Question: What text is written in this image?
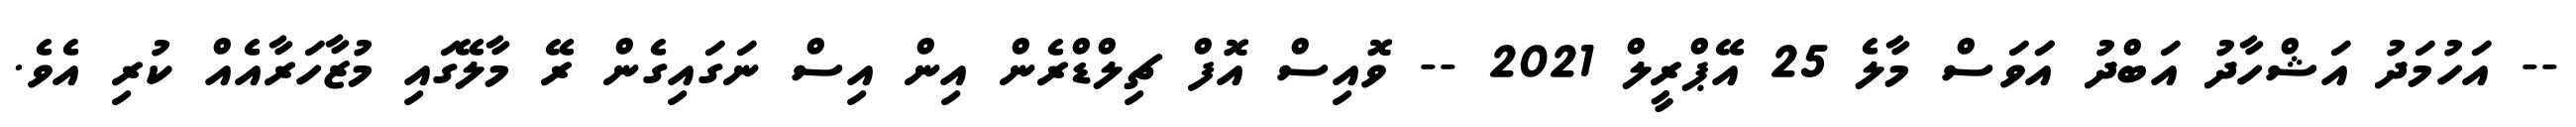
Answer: -- އަހުމަދު އަޝްހާދު އަބްދު އަަވަސް މާލެ 25 އޭޕްރީލް 2021 -- ވޮއިސް އޮފް ޗިލްޑްރެން އިން އިސް ނަގައިގެން ރޭ މާލޭގައި މުޒާހަރާއެއް ކުރި އެވެ.